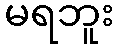
မရဘူး